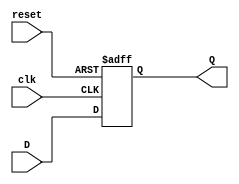
module synchronous_register #(
    parameter WIDTH = 8  // Parameter for bit-width of the register
)(
    input wire [WIDTH-1:0] D,    // Data input
    input wire clk,               // Clock signal
    input wire reset,             // Reset signal
    output reg [WIDTH-1:0] Q      // Data output
);

    // Always block triggered on the rising edge of the clock or reset
    always @(posedge clk or posedge reset) begin
        if (reset) begin
            Q <= {WIDTH{1'b0}};     // Clear the register to zero
        end else begin
            Q <= D;                 // Update the register with the input data
        end
    end

endmodule